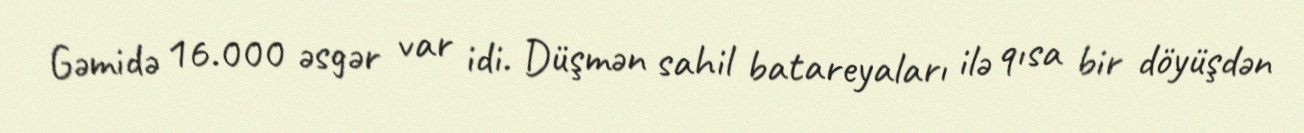
Gəmidə 16.000 əsgər var idi. Düşmən sahil batareyaları ilə qısa bir döyüşdən